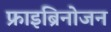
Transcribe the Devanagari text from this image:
फ्राइब्रिनोजन